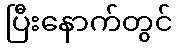
ပြီးနောက်တွင်